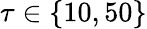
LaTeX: \tau\in\{ 10,50\}